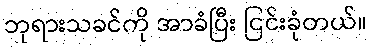
ဘုရားသခင်ကို အာခံပြီး ငြင်းခုံတယ်။